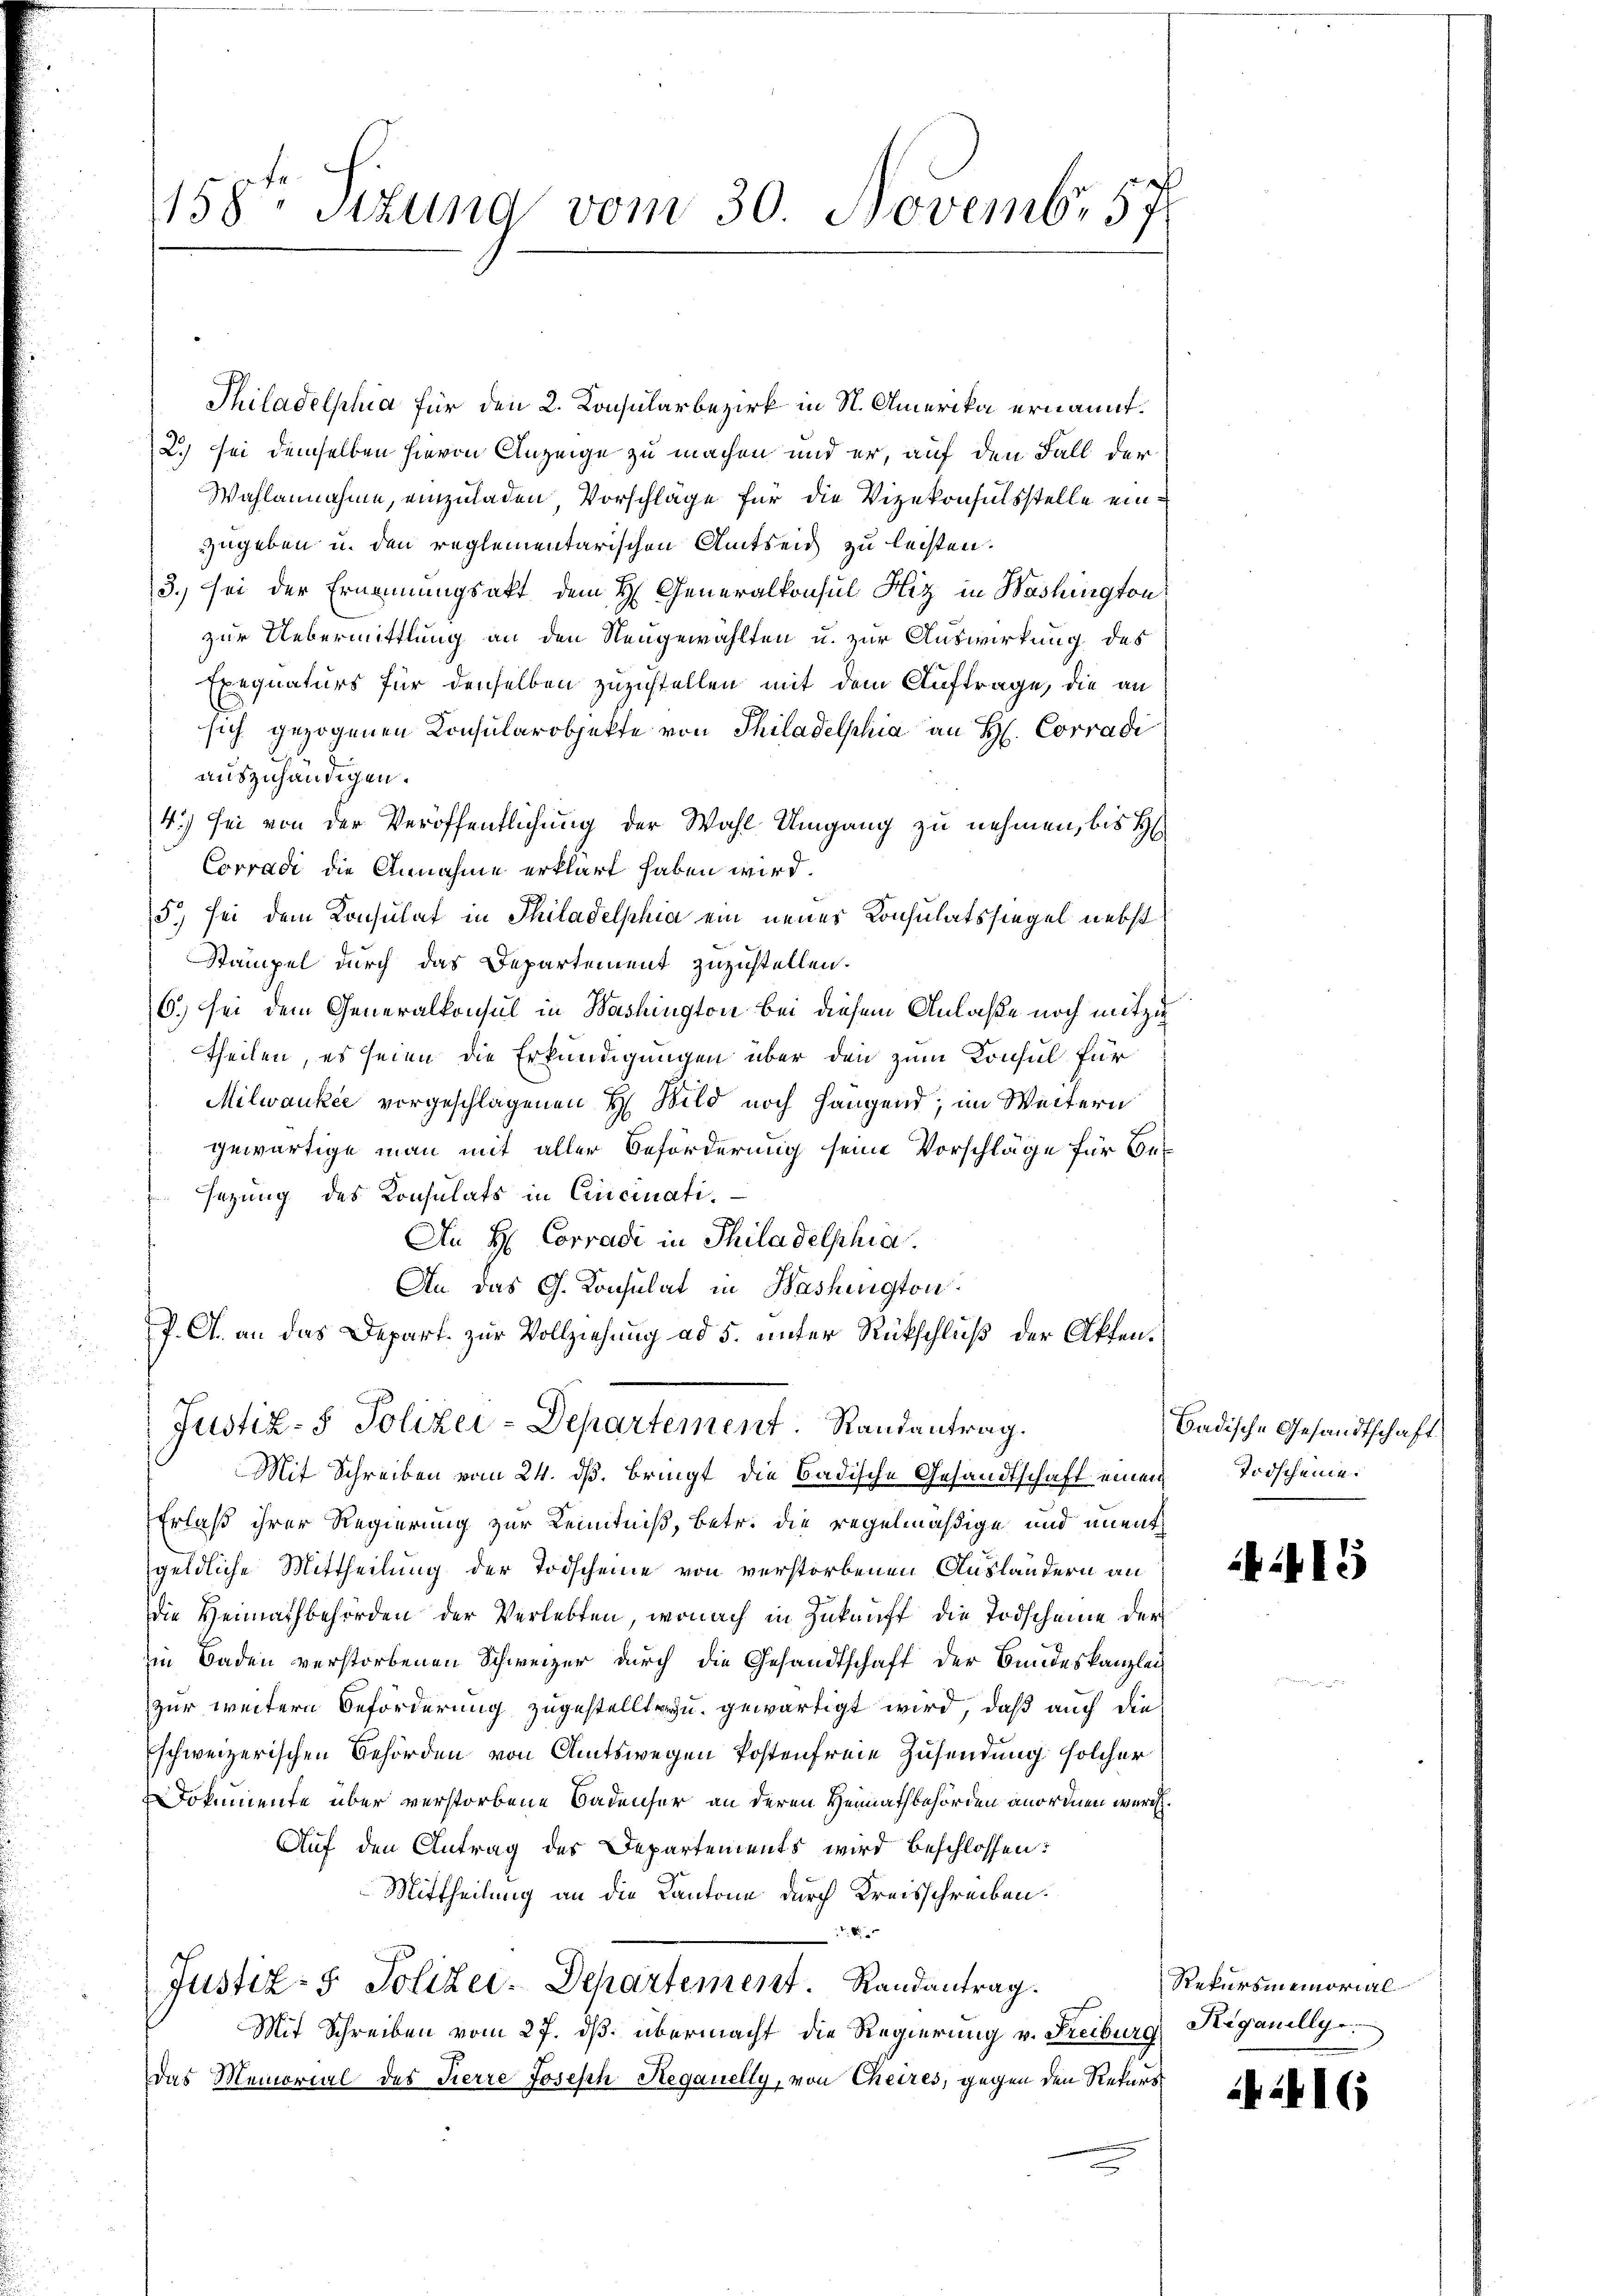
Thiladelphia für den 2. Konsularbezirk in St. Amerika ernannt.
2.) sei demselben hievon Anzeige zu machen und er, auf den Fall der
Wahlannahme, einzuladen, Vorschlage für die Vizekonsulsstelle einzugeben u. den reglementarischen Amtseid zu leisten.
3. sei der Ernennungsakt dem H. Generalkonsul Hiz in Washington
zur Uebermittlung an den Neugewählten u. zur Auswirkung des
Exequaturs für denselben zuzustellen mit dem Auftrage, die an
sich gezogenen Consularobjekte von Philadelphia an H. Corradi
auszuhändigen.
4) sei von der Veröffentlichung der Wahl Umgang zu nehmen, bis H
Corradi die Annahme erklärt haben wird.
5) sei dem Konsulat in Philadelphia ein neues Konsulatssiegel nebst
Stampel durch das Departement zuzustellen.
6.) Sei dem Generalkonsul in Washington bei diesem Anlaße noch mitzutheilen, es seien die Erkundigungen über den zum Konsul für
Milwaukee vorgeschlagenen H. Bild noch hangend, im Weitern
gewärtige man mit aller Beförderung seine Vorschläge für Besezung des Konsulats in Cincinati¬
An H Corradi in Philadelphia
An das G. Konsulat in Washington
P. A. an das Depart zur Vollziehung ad 5. unter Rückschluß der Akten¬

158ten Sizung vom 30. Novemb. 57

Justiz- & Polizei-Departement. Randantrag.
Mit Schreiben vom 24. ds. bringt die badische Gesandtschaft einen Todscheine.

Erlaß ihrer Regierung zur Kenntniß, betr. die regelmäßige und unent
geldliche Mittheilung der Todscheine von verstorbenen Ausländern an
die Heimathbehörden der Verlebten, wonach in Zukunft die Todscheine der
in Baden verstorbenen Schweizer durch die Gesandtschaft der Bundeskanzlei
zur weitern Beförderung zugestellte zu gewärtigt wird, daß auch die
Eschweizerischen Behörden von Amtswegen Postenfreie Zusendung solcher
Dokumente über verstorbene Badenser an deren Heimathbehörden anordnen wurde.
Auf den Antrag des Departements wird beschlossen:
Mittheilung an die Kantone durch Kreisschreiben.
A
Justiz- & Polizei-Departement. Randantrag.
Mit Schreiben vom 27. ds. übermacht die Regierung v. Freiburg
Das Memorial des Tierre Joseph Regauelly, von Cheires, gegen den Rekurs

Badische Gesandtschaft

15

Rekursmemorial
Higauilly

416